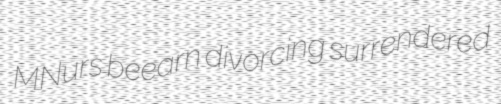
MNurs beearn divorcing surrendered